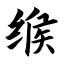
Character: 缑